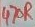
Text: 470R